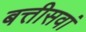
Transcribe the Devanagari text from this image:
बत्तीसवां